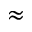
\approx